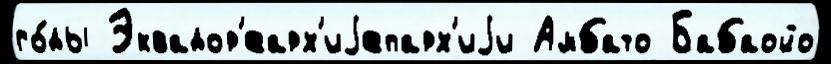
го́ды Эквадор'еарх'иjепарх'иjи Амбато Бабаойо